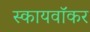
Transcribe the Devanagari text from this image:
स्कायवॉकर